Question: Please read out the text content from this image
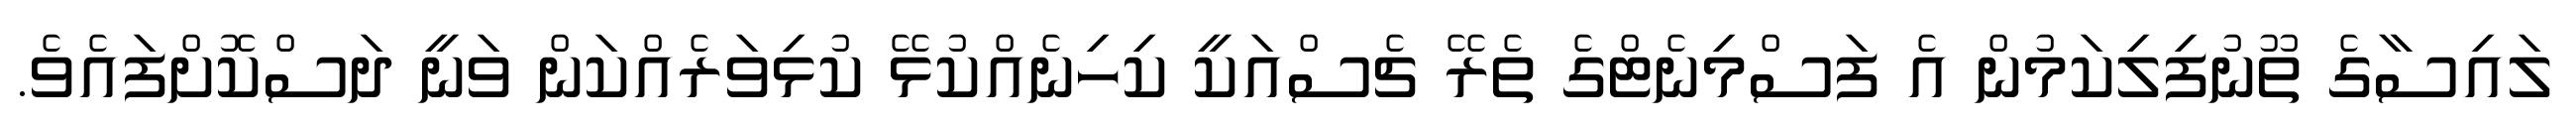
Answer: ލައިސާގެ ތޫނުފިލިކަމުން އެ ފަސްމިނެޓްގެ ތެރޭ ޗެސްއަކީ ކިހިނެއްކުޅޭ ކުޅިވަރެއްކަން ވަނީ ދަސްކޮށްފައެވެ.